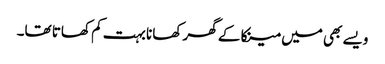
ویسے بھی میں مینکا کے گھر کھانا بہت کم کھاتا تھا۔